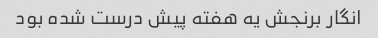
انگار برنجش یه هفته پیش درست شده بود